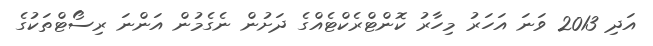
އަދި 2013 ވަނަ އަހަރު މިހާރު ކޮންޓްރެކްޓެއްގެ ދަށުން ނެގެމުން އަންނަ ރިސޯޓްތަކުގެ